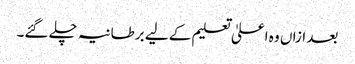
بعد ازاں وہ اعلیٰ تعلیم کے لیے برطانیہ چلے گئے۔